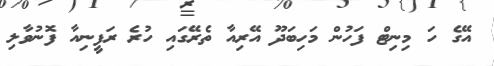
އޭގެ ހަ މިނިޓް ފަހުން މަހިބަދޫ އޭރިއާ ތެރޭގައި ހުރެ ރަފީނިއާ ފޮނުވާލި